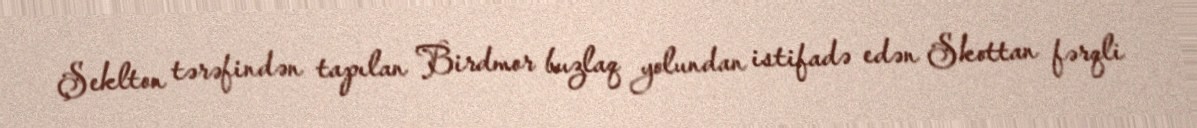
Şeklton tərəfindən tapılan Birdmor buzlaq yolundan istifadə edən Skottan fərqli